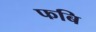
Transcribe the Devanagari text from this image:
फबि